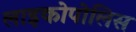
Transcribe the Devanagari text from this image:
लाइकोपोलिस